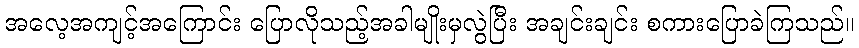
အလေ့အကျင့်အကြောင်း ပြောလိုသည့်အခါမျိုးမှလွဲပြီး အချင်းချင်း စကားပြောခဲကြသည်။